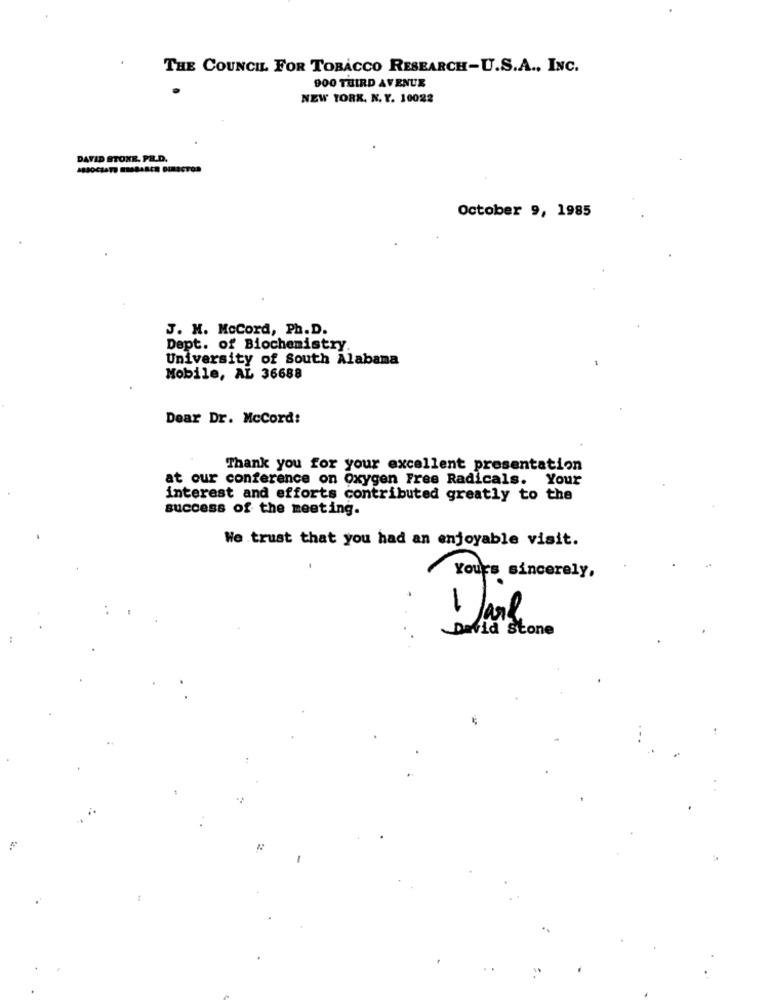
THE COUNCIL FOR TOBACCO RESEARCH-U.S.A ., INC.
900 THIRD AVENUE
NEW YORK. N. Y. 10022
DAVID STOXR. PR.D.
18JOCIATE ESSBARER DIRECTOR
October 9, 1985
J. M. McCord, Ph. D.
Dept. of Biochemistry.
University of South Alabama
Mobile, AL 36688
Dear Dr. McCord:
Thank you for your excellent presentation
at our conference on Oxygen Free Radicals. Your
interest and efforts contributed greatly to the
success of the meeting.
We trust that you had an enjoyable visit.
Yours sincerely,
1 Jarl
David stone